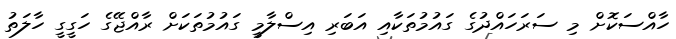
ހާއްސަކޮށް މި ސަރަހައްދުގެ ގައުމުތަކާއި އަބަރި އިސްލާމީ ގައުމުތަކަށް ރާއްޖޭގެ ހަގީގީ ހާލަތު